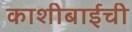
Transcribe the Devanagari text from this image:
काशीबाईची